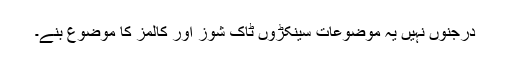
درجنوں نہیں یہ موضوعات سینکڑوں ٹاک شوز اور کالمز کا موضوع بنے۔